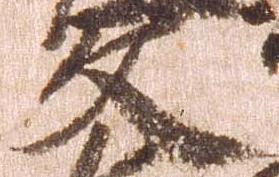
文